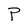
Character: P